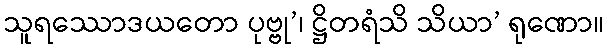
သူရဿောဒယတော ပုဗ္ဗု’၊ ဋ္ဌိတရံသိ သိယာ’ ရုဏော။